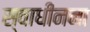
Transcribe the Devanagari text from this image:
स्वाधीनना